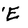
Character: E